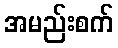
အမည်းစက်